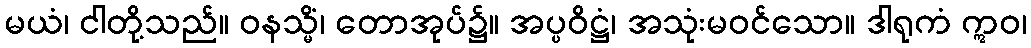
မယံ၊ ငါတို့သည်။ ဝနသ္မိံ၊ တောအုပ်၌။ အပ္ပဝိဋ္ဌံ၊ အသုံးမဝင်သော။ ဒါရုကံ ဣဝ၊